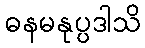
ဓနမနုပ္ပဒါသိ